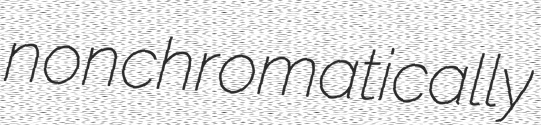
nonchromatically